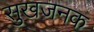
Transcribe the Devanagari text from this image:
सुखजनक